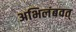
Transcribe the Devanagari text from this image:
अभिलंबवत्‌